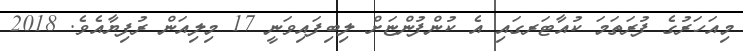
މިއަހަރުގެ ފުރަތަމަ ކުއާޓަރގައި އެ ކުންފުންޏަށް ލިބިފައިވަނީ 17 މިލިއަން ރުފިޔާއެވެ. 2018